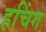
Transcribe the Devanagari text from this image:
हचिंग